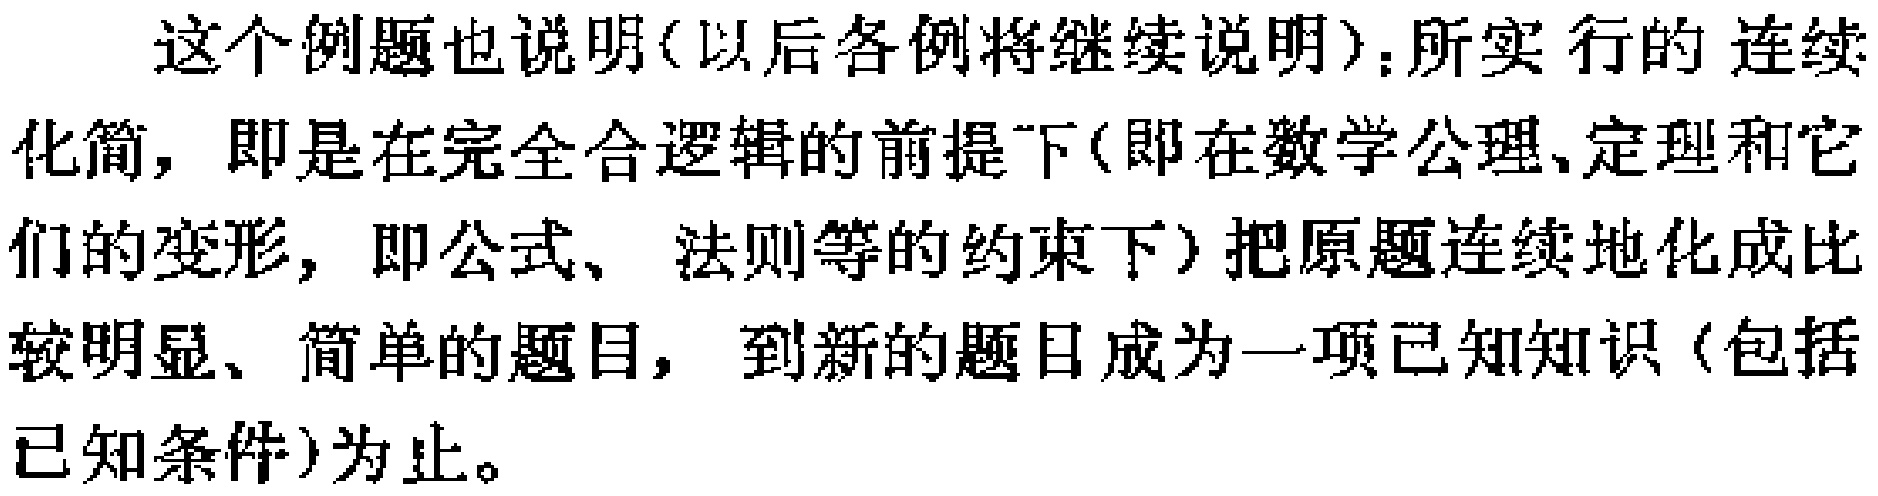
这个例题也说明(以后各例将继续说明)：所实行的连续化简，即是在完全合逻辑的前提下(即在数学公理、定理和它们的变形，即公式、法则等的约束下)把原题连续地化成比较明显、简单的题目，到新的题目成为一项已知知识(包括已知条件)为止。